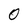
Character: 0